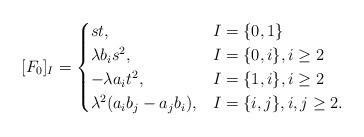
LaTeX: \begin{align*}[F_{0}]_{I} = \begin{cases}st, & I = \{0, 1\}\\\lambda b_{i}s^{2}, & I = \{0, i\}, i \ge 2\\-\lambda a_{i}t^{2}, & I = \{1, i\}, i \ge 2\\\lambda^{2}(a_{i}b_{j}- a_{j}b_{i}), & I = \{i, j\}, i, j \ge 2.\end{cases}\end{align*}